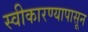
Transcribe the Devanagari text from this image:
स्वीकारण्यापासून